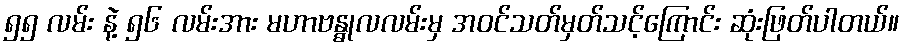
၅၅ လမ်း နဲ့ ၅၆ လမ်းအား မဟာဗန္ဓုလလမ်းမှ အဝင်သတ်မှတ်သင့်ကြောင်း ဆုံးဖြတ်ပါတယ်။